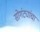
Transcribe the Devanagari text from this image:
सोगंट्यांचा